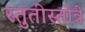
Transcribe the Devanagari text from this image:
स्तुतीस्तोत्रे